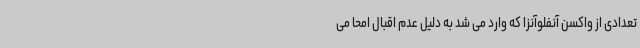
تعدادی از واکسن آنفلوآنزا که وارد می شد به دلیل عدم اقبال امحا می